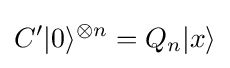
C'|0\rangle ^{\otimes n}=Q_{n}|x\rangle